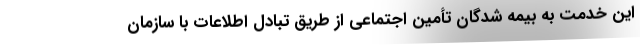
این خدمت به بیمه شدگان تأمین اجتماعی از طریق تبادل اطلاعات با سازمان